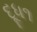
દૂધ૧